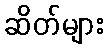
ဆိတ်များ